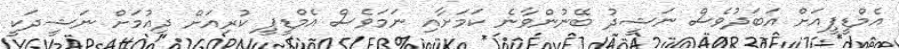
އެމްޑީޕީއަށް އަބަދުވެސް ނަޝީދު ބޭނުންވާނެ ކަމަށާއި ނަމަވެސް އެމްޑީޕީ ކުރިއަށް ދިއުމަށް ނަޝީދަކީ